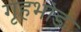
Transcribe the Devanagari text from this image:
गृहभांड